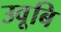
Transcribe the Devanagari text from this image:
उवूबि